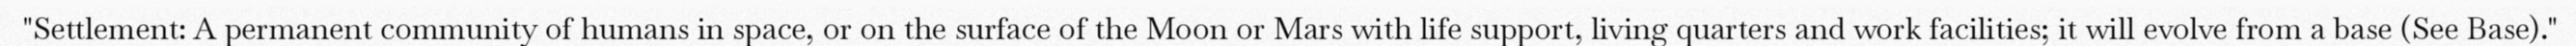
"Settlement: A permanent community of humans in space, or on the surface of the Moon or Mars with life support, living quarters and work facilities; it will evolve from a base (See Base)."